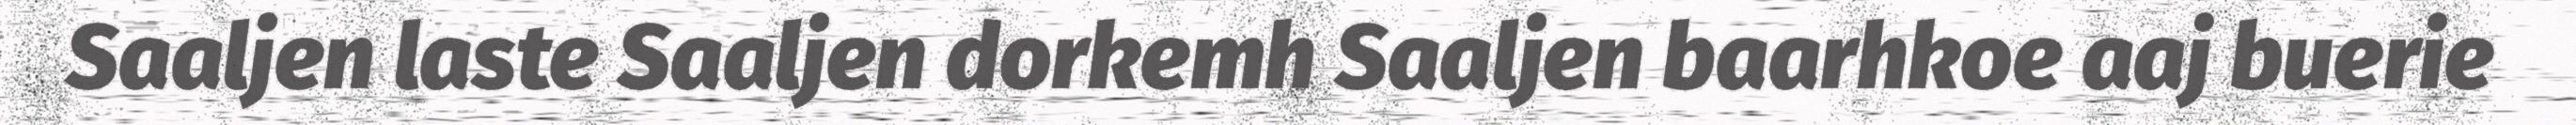
Saaljen laste Saaljen dorkemh Saaljen baarhkoe aaj buerie